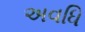
અવધિ